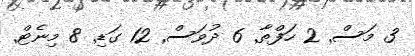
3 މަސް